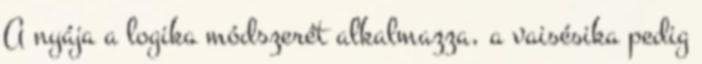
A nyája a logika módszerét alkalmazza, a vaisésika pedig